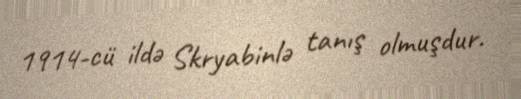
1914-cü ildə Skryabinlə tanış olmuşdur.